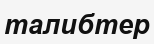
талибтер